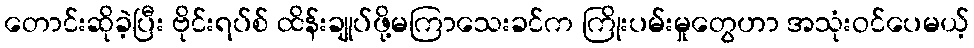
တောင်းဆိုခဲ့ပြီး ဗိုင်းရပ်စ် ထိန်းချုပ်ဖို့မကြာသေးခင်က ကြိုးပမ်းမှုတွေဟာ အသုံးဝင်ပေမယ့်